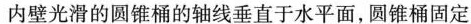
内壁光滑的圆锥桶的轴线垂直于水平面，圆锥桶固定